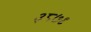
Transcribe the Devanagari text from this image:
३८७९